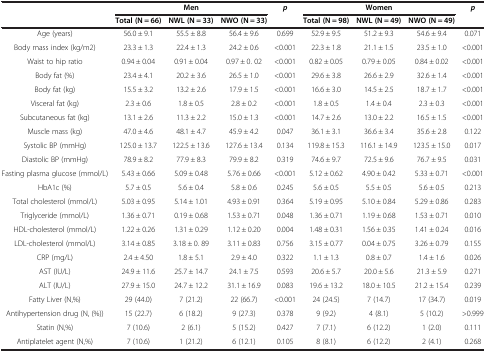
<table><thead><tr><td rowspan="2"><b> </b></td><td colspan="3"><b>Men</b></td><td rowspan="2"><b><i>p</i></b></td><td colspan="3"><b>Women</b></td><td rowspan="2"><b><i>p</i></b></td></tr><tr><td><b>Total (N = 66)</b></td><td><b>NWL (N = 33)</b></td><td><b>NWO (N = 33)</b></td><td><b>Total (N = 98)</b></td><td><b>NWL (N = 49)</b></td><td><b>NWO (N = 49)</b></td></tr></thead><tbody><tr><td>Age (years)</td><td>56.0 ± 9.1</td><td>55.5 ± 8.8</td><td>56.4 ± 9.6</td><td>0.699</td><td>52.9 ± 9.5</td><td>51.2 ± 9.3</td><td>54.6 ± 9.4</td><td>0.071</td></tr><tr><td>Body mass index (kg/m2)</td><td>23.3 ± 1.3</td><td>22.4 ± 1.3</td><td>24.2 ± 0.6</td><td>&lt;0.001</td><td>22.3 ± 1.8</td><td>21.1 ± 1.5</td><td>23.5 ± 1.0</td><td>&lt;0.001</td></tr><tr><td>Waist to hip ratio</td><td>0.94 ± 0.04</td><td>0.91 ± 0.04</td><td>0.97 ± 0. 02</td><td>&lt;0.001</td><td>0.82 ± 0.05</td><td>0.79 ± 0.05</td><td>0.84 ± 0.02</td><td>&lt;0.001</td></tr><tr><td>Body fat (%)</td><td>23.4 ± 4.1</td><td>20.2 ± 3.6</td><td>26.5 ± 1.0</td><td>&lt;0.001</td><td>29.6 ± 3.8</td><td>26.6 ± 2.9</td><td>32.6 ± 1.4</td><td>&lt;0.001</td></tr><tr><td>Body fat (kg)</td><td>15.5 ± 3.2</td><td>13.2 ± 2.6</td><td>17.9 ± 1.5</td><td>&lt;0.001</td><td>16.6 ± 3.0</td><td>14.5 ± 2.5</td><td>18.7 ± 1.7</td><td>&lt;0.001</td></tr><tr><td>Visceral fat (kg)</td><td>2.3 ± 0.6</td><td>1.8 ± 0.5</td><td>2.8 ± 0.2</td><td>&lt;0.001</td><td>1.8 ± 0.5</td><td>1.4 ± 0.4</td><td>2.3 ± 0.3</td><td>&lt;0.001</td></tr><tr><td>Subcutaneous fat (kg)</td><td>13.1 ± 2.6</td><td>11.3 ± 2.2</td><td>15.0 ± 1.3</td><td>&lt;0.001</td><td>14.7 ± 2.6</td><td>13.0 ± 2.2</td><td>16.5 ± 1.5</td><td>&lt;0.001</td></tr><tr><td>Muscle mass (kg)</td><td>47.0 ± 4.6</td><td>48.1 ± 4.7</td><td>45.9 ± 4.2</td><td>0.047</td><td>36.1 ± 3.1</td><td>36.6 ± 3.4</td><td>35.6 ± 2.8</td><td>0.122</td></tr><tr><td>Systolic BP (mmHg)</td><td>125.0 ± 13.7</td><td>122.5 ± 13.6</td><td>127.6 ± 13.4</td><td>0.134</td><td>119.8 ± 15.3</td><td>116.1 ± 14.9</td><td>123.5 ± 15.0</td><td>0.017</td></tr><tr><td>Diastolic BP (mmHg)</td><td>78.9 ± 8.2</td><td>77.9 ± 8.3</td><td>79.9 ± 8.2</td><td>0.319</td><td>74.6 ± 9.7</td><td>72.5 ± 9.6</td><td>76.7 ± 9.5</td><td>0.031</td></tr><tr><td>Fasting plasma glucose (mmol/L)</td><td>5.43 ± 0.66</td><td>5.09 ± 0.48</td><td>5.76 ± 0.66</td><td>&lt;0.001</td><td>5.12 ± 0.62</td><td>4.90 ± 0.42</td><td>5.33 ± 0.71</td><td>&lt;0.001</td></tr><tr><td>HbA1c (%)</td><td>5.7 ± 0.5</td><td>5.6 ± 0.4</td><td>5.8 ± 0.6</td><td>0.245</td><td>5.6 ± 0.5</td><td>5.5 ± 0.5</td><td>5.6 ± 0.5</td><td>0.213</td></tr><tr><td>Total cholesterol (mmol/L)</td><td>5.03 ± 0.95</td><td>5.14 ± 1.01</td><td>4.93 ± 0.91</td><td>0.364</td><td>5.19 ± 0.95</td><td>5.10 ± 0.84</td><td>5.29 ± 0.86</td><td>0.283</td></tr><tr><td>Triglyceride (mmol/L)</td><td>1.36 ± 0.71</td><td>0.19 ± 0.68</td><td>1.53 ± 0.71</td><td>0.048</td><td>1.36 ± 0.71</td><td>1.19 ± 0.68</td><td>1.53 ± 0.71</td><td>0.010</td></tr><tr><td>HDL-cholesterol (mmol/L)</td><td>1.22 ± 0.26</td><td>1.31 ± 0.29</td><td>1.12 ± 0.20</td><td>0.004</td><td>1.48 ± 0.31</td><td>1.56 ± 0.35</td><td>1.41 ± 0.24</td><td>0.016</td></tr><tr><td>LDL-cholesterol (mmol/L)</td><td>3.14 ± 0.85</td><td>3.18 ± 0. 89</td><td>3.11 ± 0.83</td><td>0.756</td><td>3.15 ± 0.77</td><td>0.04 ± 0.75</td><td>3.26 ± 0.79</td><td>0.155</td></tr><tr><td>CRP (mg/L)</td><td>2.4 ± 4.50</td><td>1.8 ± 5.1</td><td>2.9 ± 4.0</td><td>0.322</td><td>1.1 ± 1.3</td><td>0.8 ± 0.7</td><td>1.4 ± 1.6</td><td>0.026</td></tr><tr><td>AST (IU/L)</td><td>24.9 ± 11.6</td><td>25.7 ± 14.7</td><td>24.1 ± 7.5</td><td>0.593</td><td>20.6 ± 5.7</td><td>20.0 ± 5.6</td><td>21.3 ± 5.9</td><td>0.271</td></tr><tr><td>ALT (IU/L)</td><td>27.9 ± 15.0</td><td>24.7 ± 12.2</td><td>31.1 ± 16.9</td><td>0.083</td><td>19.6 ± 13.2</td><td>18.0 ± 10.5</td><td>21.2 ± 15.4</td><td>0.239</td></tr><tr><td>Fatty Liver (N,%)</td><td>29 (44.0)</td><td>7 (21.2)</td><td>22 (66.7)</td><td>&lt;0.001</td><td>24 (24.5)</td><td>7 (14.7)</td><td>17 (34.7)</td><td>0.019</td></tr><tr><td>Antihypertension drug (N, (%))</td><td>15 (22.7)</td><td>6 (18.2)</td><td>9 (27.3)</td><td>0.378</td><td>9 (9.2)</td><td>4 (8.1)</td><td>5 (10.2)</td><td>&gt;0.999</td></tr><tr><td>Statin (N,%)</td><td>7 (10.6)</td><td>2 (6.1)</td><td>5 (15.2)</td><td>0.427</td><td>7 (7.1)</td><td>6 (12.2)</td><td>1 (2.0)</td><td>0.111</td></tr><tr><td>Antiplatelet agent (N,%)</td><td>7 (10.6)</td><td>1 (21.2)</td><td>6 (12.1)</td><td>0.105</td><td>8 (8.1)</td><td>6 (12.2)</td><td>2 (4.1)</td><td>0.268</td></tr></tbody></table>